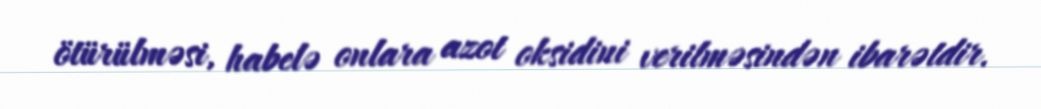
ötürülməsi, habelə onlara azot oksidini verilməsindən ibarətdir.